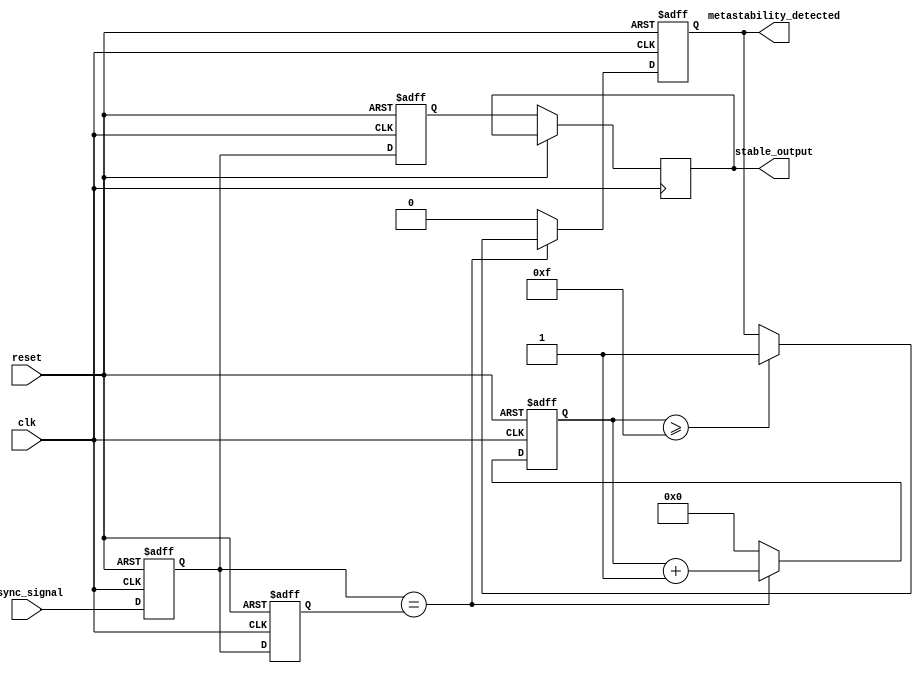
module metastability_detector (
    input wire clk,                // Clock signal
    input wire reset,              // Reset signal
    input wire async_signal,       // Asynchronous input signal
    output reg metastability_detected, // Metastability detection flag
    output reg stable_output        // Stable output from the second flip-flop
);

    // Internal signals
    reg ff1, ff2;                  // Outputs of the two flip-flops
    reg ff1_prev;                  // Previous state of the first flip-flop
    reg pulse;                     // Pulse signal for metastability detection
    reg [3:0] stable_counter;      // Counter to monitor stability

    // Flip-flops for sampling the asynchronous signal
    always @(posedge clk or posedge reset) begin
        if (reset) begin
            ff1 <= 1'b0;
            ff2 <= 1'b0;
            metastability_detected <= 1'b0;
            stable_counter <= 4'b0;
            pulse <= 1'b0;
            ff1_prev <= 1'b0;
        end else begin
            // Sample the asynchronous signal
            ff1 <= async_signal; // First flip-flop
            ff2 <= ff1;          // Second flip-flop

            // Generate pulse when ff1 changes state
            if (ff1 != ff1_prev) begin
                pulse <= 1'b1; // Generate pulse
            end else begin
                pulse <= 1'b0; // Clear pulse
            end

            // Update previous state
            ff1_prev <= ff1;

            // Monitor stability of ff1
            if (ff1 == ff1_prev) begin
                stable_counter <= stable_counter + 1;
                if (stable_counter >= 4'b1111) begin // Adjust threshold as needed
                    metastability_detected <= 1'b1; // Assert flag if stable for too long
                end
            end else begin
                stable_counter <= 4'b0; // Reset counter on change
                metastability_detected <= 1'b0; // Clear flag on change
            end

            // Output stable value
            stable_output <= ff2;
        end
    end

endmodule